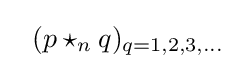
\ \ (p\star _{n}q)_{q=1,2,3,...}